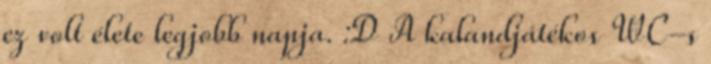
ez volt élete legjobb napja. :D A kalandjátékos WC-s